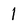
Character: 1